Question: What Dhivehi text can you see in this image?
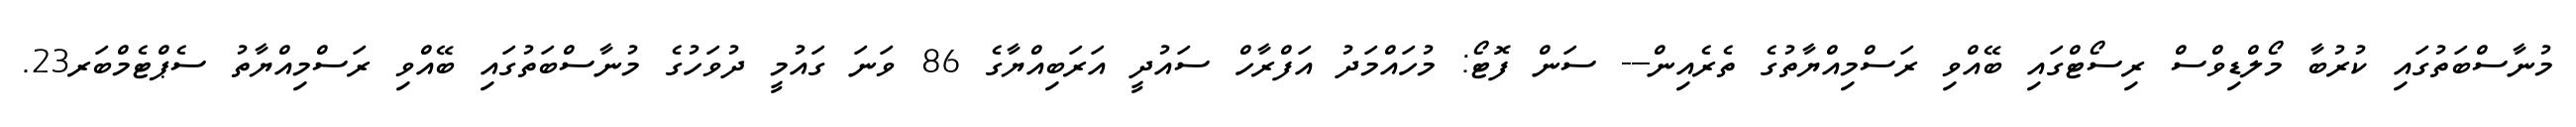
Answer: މުނާސްބަތުގައި ކުރުބާ މޯލްޑިވްސް ރިސޯޓްގައި ބޭއްވި ރަސްމިއްޔާތުގެ ތެރެއިން--- ސަން ފޮޓޯ: މުހައްމަދު އަފްރާހް ސައުދީ އަރަބިއްޔާގެ 86 ވަނަ ގައުމީ ދުވަހުގެ މުނާސްބަތުގައި ބޭއްވި ރަސްމިއްޔާތު ސެޕްޓެމްބަރ23.